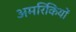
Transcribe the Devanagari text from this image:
अमरिकियों